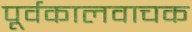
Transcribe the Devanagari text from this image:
पूर्वकालवाचक